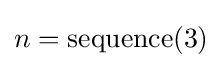
n={\text{sequence}}(3)